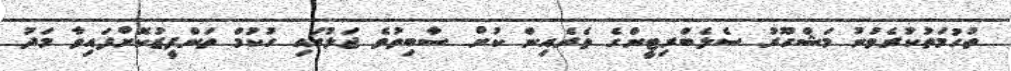
ތުހުމަތުކުރެވުނު މަޝްހޫރު ސެލެބްރިޓީންގެ ތެރެއިން ކުށް ސާބިތުވެ ޖަލުގައި ހުކުމް ތަންފީޒުކޮށްފައިވާ މަދު